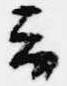
云